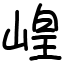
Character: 崲